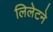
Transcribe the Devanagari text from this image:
लिलेटने